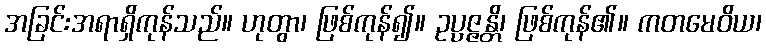
အခြင်းအရာရှိကုန်သည်။ ဟုတွာ၊ ဖြစ်ကုန်၍။ ဥပ္ပဇ္ဇန္တိ၊ ဖြစ်ကုန်၏။ ကတမေဝိယ၊